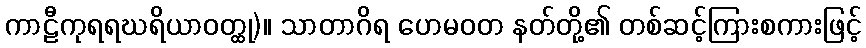
ကာဠီကုရရဃရိယာဝတ္ထု)။ သာတာဂိရ ဟေမဝတ နတ်တို့၏ တစ်ဆင့်ကြားစကားဖြင့်